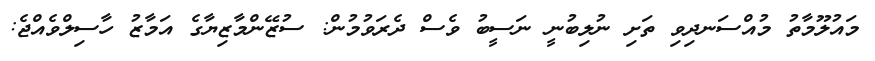
މައުލޫމާތު މުއްސަނދިވި ތަށި ނުލިބުނީ ނަސީބު ވެސް ދެރަވުމުން: ސުޒޭންމާޒިޔާގެ އަމާޒު ހާސިލްވެއްޖެ: